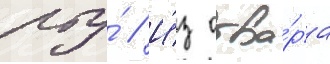
рту́ // И́з отва́ра